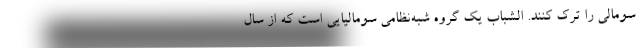
سومالی را ترک کنند. الشباب یک گروه شبه‌نظامی سومالیایی است که از سال